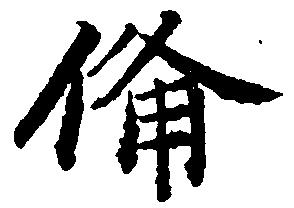
備